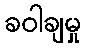
ခဝါချမှု